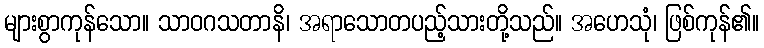
များစွာကုန်သော။ သာဝဂသတာနိ၊ အရာသောတပည့်သားတို့သည်။ အဟေသုံ၊ ဖြစ်ကုန်၏။